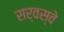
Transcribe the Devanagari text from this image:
सर्वस्वे